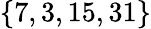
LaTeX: \{ 7,3,15,31\}